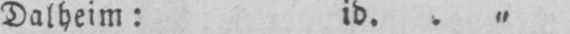
Dalheim: id.. „